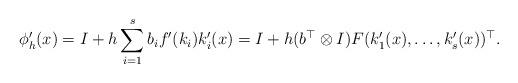
LaTeX: \begin{align*}\phi_h'(x) = I + h \sum_{i=1}^s b_i f'(k_i) k_i'(x) = I + h(b^\top \otimes I) F (k_1'(x),\ldots,k_s'(x))^\top.\end{align*}